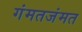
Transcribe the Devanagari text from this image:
गंमतजंमत